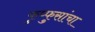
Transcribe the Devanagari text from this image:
फुप्फुसांचा